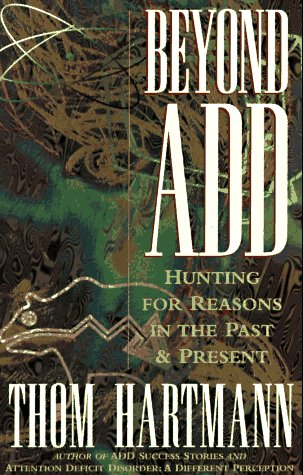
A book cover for Beyond ADD: Hunting for Reasons in the Past and Present; Thom Hartmann; Parenting & Relationships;